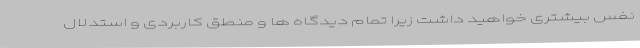
نفس بیشتری خواهید داشت زیرا تمام دیدگاه ها و منطق کاربردی و استدلال